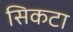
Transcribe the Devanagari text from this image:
सिकटा